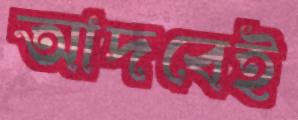
আদবেই